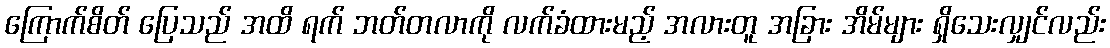
ကြောက်စိတ် ပြေသည် အထိ ရက် ဘတ်တလာကို လက်ခံထားမည့် အလားတူ အခြား အိမ်များ ရှိသေးလျှင်လည်း